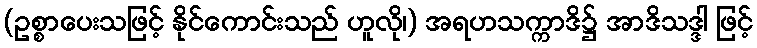
(ဥစ္စာပေးသဖြင့် နိုင်ကောင်းသည် ဟူလို၊) အရဟသက္ကာဒိ၌ အာဒိသဒ္ဒါ ဖြင့်